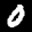
Label: 0